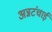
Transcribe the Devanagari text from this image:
अन्नटंचाई